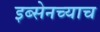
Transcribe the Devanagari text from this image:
इब्सेनच्याच